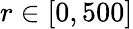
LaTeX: r\in[0,500]